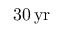
3 0 { \mathrm { \, y r } }